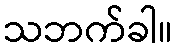
သဘက်ခါ။